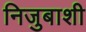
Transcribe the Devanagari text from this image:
निजुबाशी